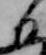
日